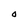
Character: O